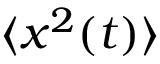
\langle x ^ { 2 } ( t ) \rangle